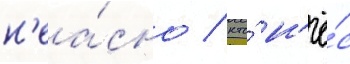
н'еа́сно / кто́ н'ё́с